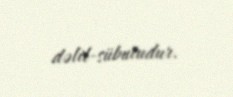
dəlil-sübutudur.